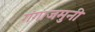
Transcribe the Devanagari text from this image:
गंगाजमुनी